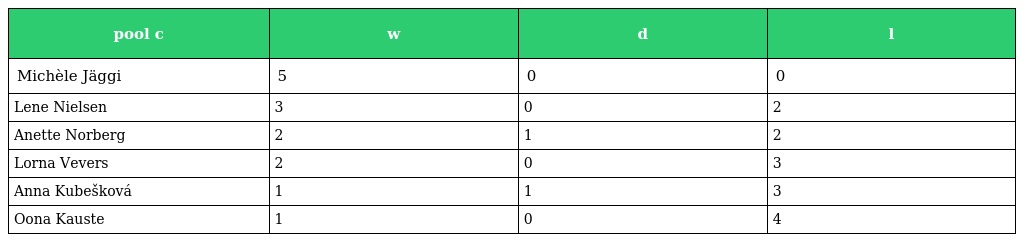
| pool c | w | d | l |
 | --- | --- | --- | --- |
 | Michèle Jäggi | 5 | 0 | 0 |
 | Lene Nielsen | 3 | 0 | 2 |
 | Anette Norberg | 2 | 1 | 2 |
 | Lorna Vevers | 2 | 0 | 3 |
 | Anna Kubešková | 1 | 1 | 3 |
 | Oona Kauste | 1 | 0 | 4 |